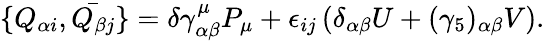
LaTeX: \{ Q_{\alpha i},\bar{Q_{\beta j}}\} =\delta\gamma_{\alpha\beta}^{\mu}P_{\mu}+\epsilon_{ij}\left(\delta_{\alpha\beta}U+(\gamma_{5})_{\alpha\beta}V\right).